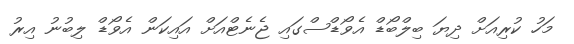
މަހު ކުރިއަށް ދިޔަ ބިލްބޯޑް އެވޯޑްސްގައި ޖެނެޓްއަށް އައިކަން އެވޯޑް ލިބުނު އިރު